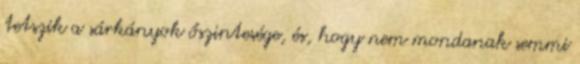
tetszik a sárkányok őszintesége, és, hogy nem mondanak semmi